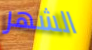
الشهر